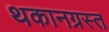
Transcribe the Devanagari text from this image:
थकानग्रस्त